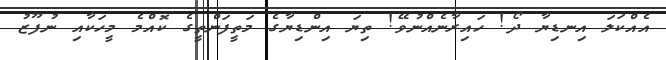
އެއްކަލަ އިނޑިޔާ ދޯ! ހައިރާނެއްނުވޭ! ތިޔަ އިންޑިޔާގެ މަތީފަންތީގެ ކޮއްމެ މީހަކާއި ނުފޫޒު